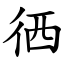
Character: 徆